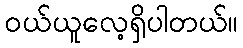
၀ယ်ယူလေ့ရှိပါတယ်။